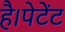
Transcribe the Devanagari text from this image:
है।पेटेंट